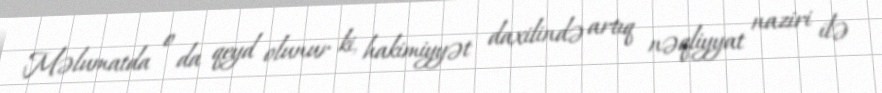
Məlumatda o da qeyd olunur ki, hakimiyyət daxilində artıq nəqliyyat naziri ilə